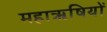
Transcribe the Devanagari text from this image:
महाॠषियों